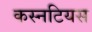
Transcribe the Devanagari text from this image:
कस्नटियस